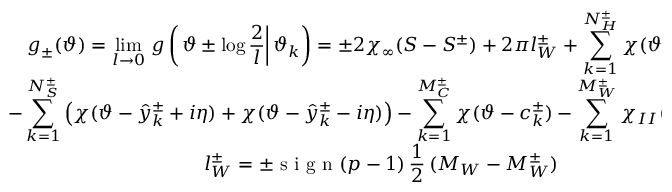
\begin{array} { c } { { \displaystyle g _ { \pm } ( \vartheta ) = \operatorname * { l i m } _ { l \rightarrow 0 } \, g \left( \left. \vartheta \pm \log \displaystyle \frac { 2 } { l } \right| \vartheta _ { k } \right) = \pm 2 \chi _ { \infty } ( S - S ^ { \pm } ) + 2 \pi l _ { W } ^ { \pm } + \displaystyle \sum _ { k = 1 } ^ { N _ { H } ^ { \pm } } \chi ( \vartheta - h _ { k } ^ { \pm } ) + } } \\ { { - \displaystyle \sum _ { k = 1 } ^ { N _ { S } ^ { \pm } } \left( \chi ( \vartheta - \hat { y } _ { k } ^ { \pm } + i \eta ) + \chi ( \vartheta - \hat { y } _ { k } ^ { \pm } - i \eta ) \right) - \displaystyle \sum _ { k = 1 } ^ { M _ { C } ^ { \pm } } \chi ( \vartheta - c _ { k } ^ { \pm } ) - \displaystyle \sum _ { k = 1 } ^ { M _ { W } ^ { \pm } } \chi _ { I I } ( \vartheta - w _ { k } ^ { \pm } ) \, ; } } \\ { { l _ { W } ^ { \pm } = \pm \textrm { s i g n } ( p - 1 ) \, \displaystyle \frac { 1 } { 2 } \, ( M _ { W } - M _ { W } ^ { \pm } ) } } \end{array}